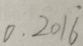
0 . 2 0 1 \dot { 6 }